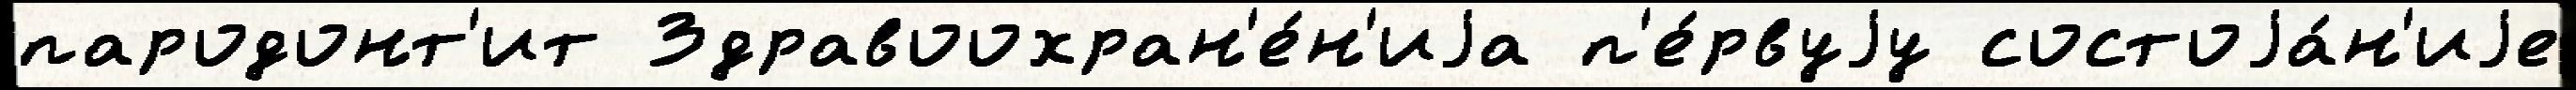
пародонт'ит Здравоохран'е́н'иjа п'е́рвуjу состоjа́н'иjе